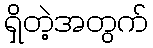
ရှိတဲ့အတွက်